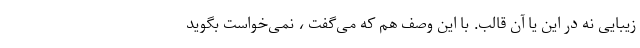
زیبایی نه در این یا آن قالب. با این وصف هم که می‌گفت ، نمی‌خواست بگوید